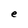
Character: e